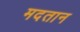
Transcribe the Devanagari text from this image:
मदतान